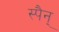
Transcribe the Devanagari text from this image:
स्पैन्